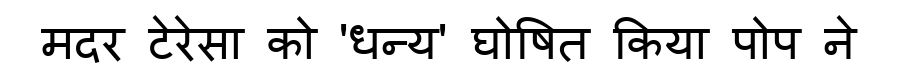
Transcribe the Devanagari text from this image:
मदर टेरेसा को 'धन्य' घोषित किया पोप ने